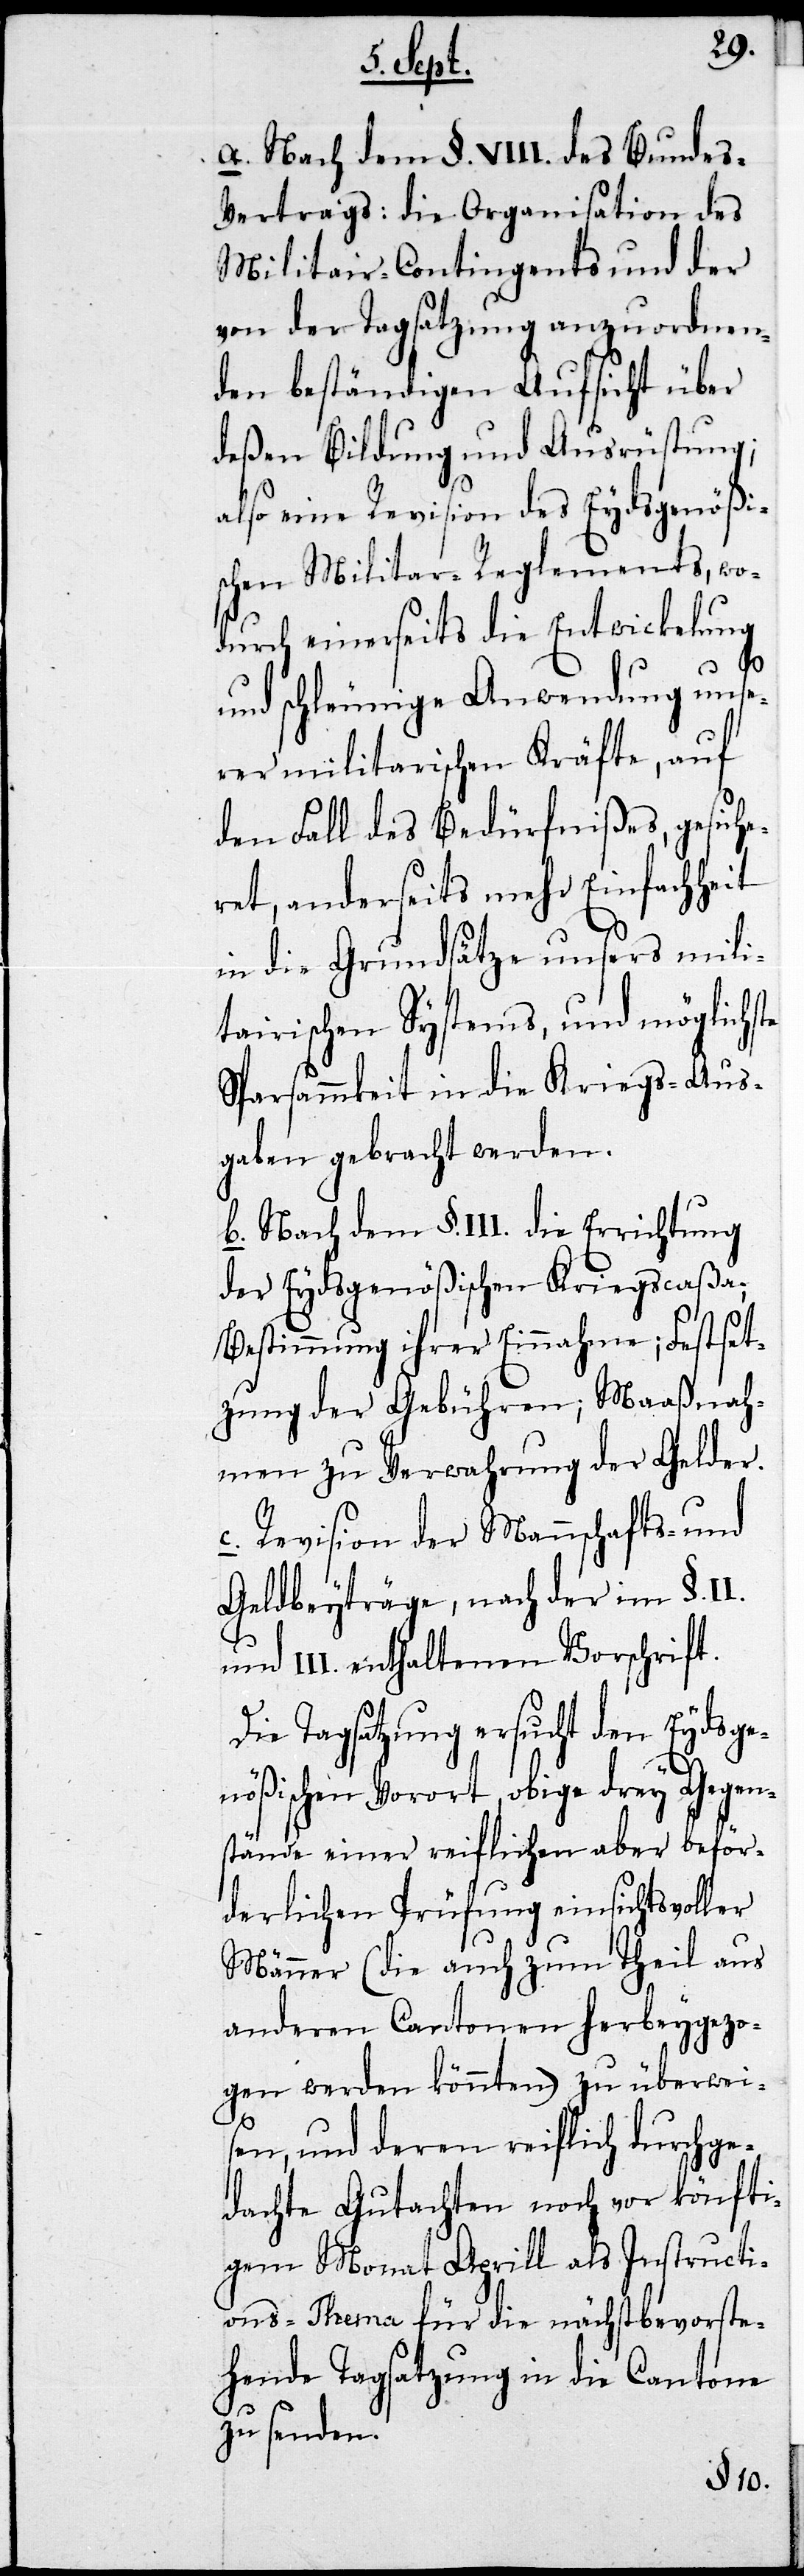
a. Nach dem §. VIII. des Bundes-V¬
ertrags: die Organisation des
Militair-Contingents und der
von der Tagsatzung anzuordnen¬
den beständigen Aufsicht über
deßen Bildung und Ausrüstung;
also eine Revision des Eydsgenößi¬
schen Militar-Reglements, wo¬
durch einerseits die Entwicklung
und schleunige Anwendung unse¬
rer militarischen Kräfte, auf
den Fall des Bedürfnißes, gesiche¬
ret, anderseits mehr Einfachheit
in die Grundsätze unser mili¬
tarischen Systems, und möglichste
Sparsamkeit in die Kriegs-Aus¬
gaben gebracht werden.
b. Nach dem §. III. die Errichtung
der Eydsgenößischen Kriegscaßa;
Bestimmung ihrer Einnahme; Festset¬
zung der Gebühren, Maasnah¬
men zu Verwahrung der Gelder.
c. Revision der Mannschafts- und
Geldbeyträge, nach der im §.
und III. enthaltenen Vorschrift.
Die Tagsatzung ersucht den Eydsge¬
nößischen Vorort, obige drey Gegen¬
stände einer reiflichen aber beför¬
derlichen Prüfung einsichtsvoller
Männer (die auch zum Theil aus
anderen Cantonen herbeygezo¬
gen werden könnten) zu überwei¬
sen, und deren reiflich durchge¬
dachte Gutachten noch vor künfti¬
gem Monat Aprill als Instructi¬
ons-Thema für die nächstbevorste¬
hende Tagsatzung in die Cantone
zu senden.